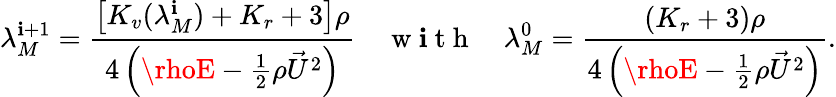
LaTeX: \lambda_{M}^{\mathbf{i}+1}=\frac{{\left[K_{v}(\lambda_{M}^{\mathbf{i}})+K_{r}+3\right]\rho}}{{4\left(\rhoE-\frac{{1}}{{2}}\rho\vec{{U}}^{2}\right)}}\quad\mathrm{{~w~\mathbf{i}~t~h~}}\quad\lambda_{M}^{0}=\frac{{\left(K_{r}+3\right)\rho}}{{4\left(\rhoE-\frac{{1}}{{2}}\rho\vec{{U}}^{2}\right)}}.